Medical and sanitary report of the native army of Madras for the year
Year: 1878
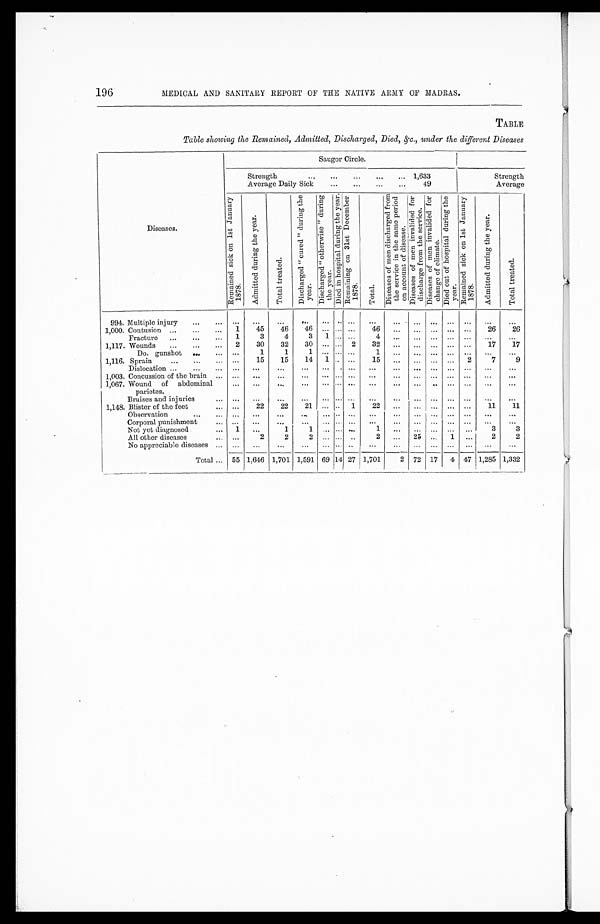
196
MEDICAL AND SANITARY REPORT OF THE NATIVE ARMY OF MADRAS.
TABLE
Table showing the Remained, Admitted, Discharged, Died, &c., under the different Diseases
Diseases.
Saugor Circle.
Strength . . .1,633
Average Daily Sick . . .49
Strength
Average
R e m a i n e d s i c k o n 1 s t J a n u a r y 1 8 7 8 .
A d m i t t e d d u r i n g t h e y e a r .
T o t a l t r e a t e d .
D i s c h a r g e d " c u r e d " d u r i n g t h e y e a r .
D i s c h a r g e d " o t h e r w i s e " d u r i n g t h e y e a r .
D i e d i n h o s p i t a l d u r i n g t h e y e a r .
R e m a i n i n g o n 3 1 s t D e c e m b e r 1 8 7 8 .
T o t a l .
D i s e a s e s o f m e n d i s c h a r g e d f r o m t h e s e r v i c e i n t h e s a m e p e r i o d o n a c c o u n t o f d i s e a s e .
D i s e a s e s o f m e n i n v a l i d e d f o r d i s c h a r g e f r o m t h e s e r v i c e .
D i s e a s e s o f m e n i n v a l i d e d f o r c h a n g e o f c l i m a t e .
D i e d o u t o f h o s p i t a l d u r i n g t h e y e a r .
R e m a i n e d s i c k o n 1 s t J a n u a r y 1 8 7 8 .
A d m i t t e d d u r i n g t h e y e a r .
T o t a l t r e a t e d .
994. Multiple injury . . .
. . .
. . .
. . .
. . .
. . .. . .
. . .
. . .
. . .
. . .
. . .
. . .
. . .
. . .
. . .
1,000. Contusion . . .
1
45
46
46
. . .. . .
. . .
46 . . .
. . .
. . .
. . .
. . .
26
26
Fracture . . .
1
3
4
3
1 . . .
. . .
4
. . .
. . .
. . .
. . .
. . .
. . .
. . .
1,117. Wounds . . .
2
30
32
30
. . . . . .
2
32
. . .
. . .
. . .
. . .
. . .
17
17
Do. gunshot . . .
. . .
1
1
1
. . .. . .
. . .
1 . . .
. . .
. . .
. . .
. . .
. . .
. . .
1,116. Sprain . . .
. . .
15
15
14
1 . . .
. . .
1 5
. . .
. . .
. . .
. . .
2
7
9
Dislocation . . .
. . .
. . .
. . .
. . .
. . .
. . .
. . .
. . .
. . .
. . .
. . .
. . .
. . .
. . .
. . .
1,003. Concussion of the brain . . .
. . .
. . .
. . .
. . .
. . . . . .
. . .
. . .
. . .
. . .
. . .
. . .
. . .
. . .
. . .
1,067. Wound of abdominal
parietes.
. . .
. . .
. . .
. . .
. . . . . .
. . .
. . .
. . .
. . .
. . .
. . .
. . .
. . .
. . .
Bruises and injuries . . .
. . .
. . .
. . .
. . .
. . . . . .
. . .
. . .
. . .
. . .
. . .
. . .
. . .
. . .
. . .
1,148. Blister of the feet . . .
. . .
22
22
21
. . . . . .
1
22 . . .
. . .
. . .
. . .
. . .
11
11
Observation . . .
. . .
. . .
. . .
. . .
. . . . . .
. . .
. . .
. . .
. . .
. . .
. . .
. . .
. . .
. . .
Corporal punishment . . .
. . .
. . .
. . .
. . .
. . .. . .
. . .
. . .
. . .
. . .
. . .
. . .
. . .
. . .
. . .
Not yet diagnosed . . .
1
. . .
1
1
. . .
. . .
. . .
1
. . .
. . .
. . .
. . .
. . .
3
3
All other diseases . . .
. . .
2
2
2
. . .. . .
. . .
2
. . . 25
. . . 1
. . .
2
2
No appreciable diseases . . .
. . .
. . .
. . .
. . .
. . . . . .
. . .
. . .
. . .
. . .
. . .
. . .
. . .
. . .
. . .
Total . . .
55 1,646 1,701 1,591 69 14 27 1,701
2
72
17
4
47 1,285 1,332